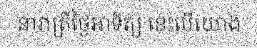
នារាត្រីថ្ងៃអាទិត្យ នេះបើយោង